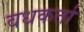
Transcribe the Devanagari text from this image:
वधकर्ता